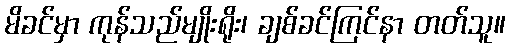
မိခင်မှာ ကုန်သည်မျိုးရိုး၊ ချစ်ခင်ကြင်နာ တတ်သူ။